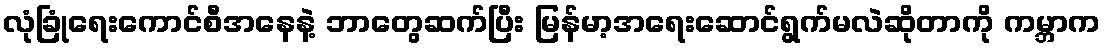
လုံခြုံရေးကောင်စီအနေနဲ့ ဘာတွေဆက်ပြီး မြန်မာ့အရေးဆောင်ရွက်မလဲဆိုတာကို ကမ္ဘာက